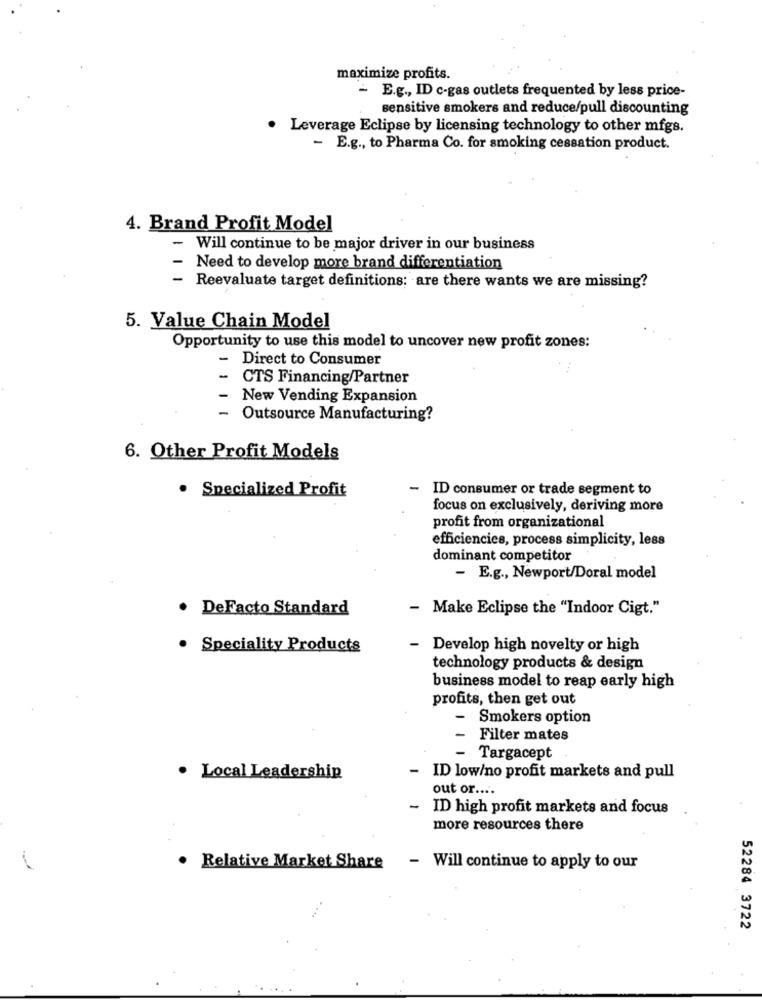
maximize profits.
- E.g ., ID c-gas outlets frequented by less price-
sensitive smokers and reduce/pull discounting
Leverage Eclipse by licensing technology to other mfgs.
- E.g ., to Pharma Co. for smoking cessation product.
4. Brand Profit Model
- Will continue to be major driver in our business
- Need to develop more brand differentiation
- Reevaluate target definitions: are there wants we are missing?
5. Value Chain Model
Opportunity to use this model to uncover new profit zones:
- Direct to Consumer
CTS Financing/Partner
New Vending Expansion
- Outsource Manufacturing?
6. Other Profit Models
· Specialized Profit
- ID consumer or trade segment to
focus on exclusively, deriving more
profit from organizational
efficiencies, process simplicity, less
dominant competitor
- E.g ., Newport/Doral model
De Facto Standard
- Make Eclipse the "Indoor Cigt."
· Speciality Products
- Develop high novelty or high
technology products & design
business model to reap early high
profits, then get out
Smokers option
1
Filter mates
- Targacept
-
· Local Leadership
ID low/no profit markets and pull
out or ....
-
ID high profit markets and focus
more resources there
· Relative Market Share
- Will continue to apply to our
52284 3722